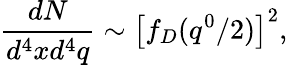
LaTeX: \frac{dN}{d^{4}xd^{4}q}\sim\left[f_{D}(q^{0}/2)\right]^{2},